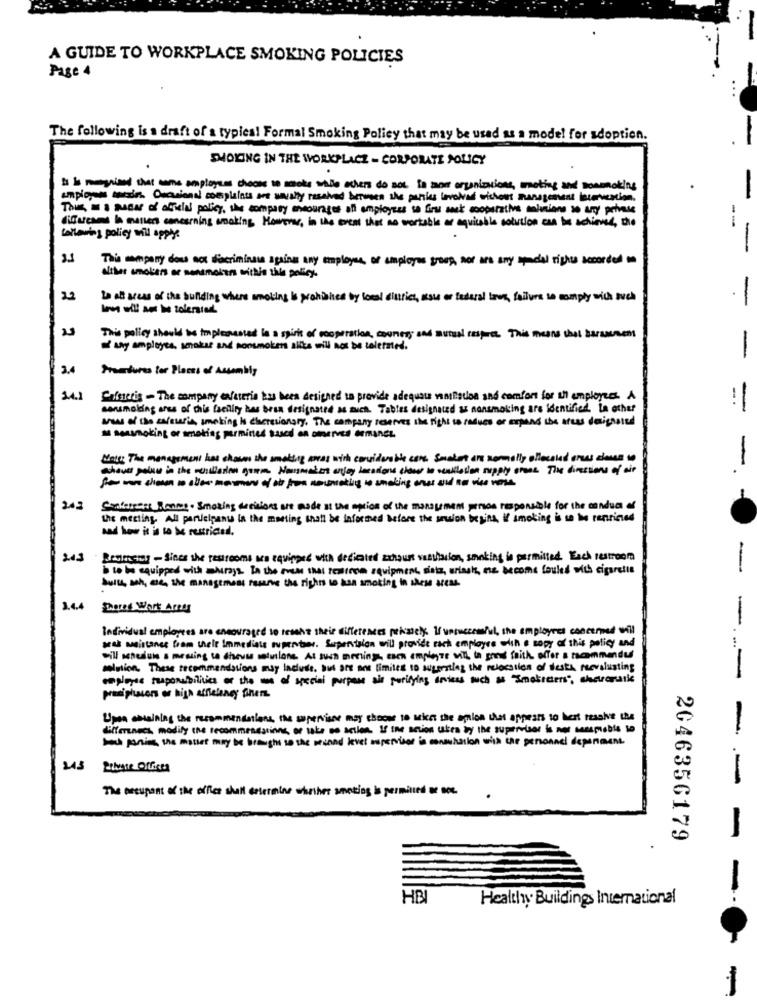
A GUIDE TO WORKPLACE SMOKING POLICIES
Page 4
The following is s draft of a typies! Formal Smoking Policy that may be used as a mode! for adoption.
SMOKING IN THE WORKPLACE - CORPORATE POLICY
.
Is is recognized that come employees choose to rooks while others do not. to most organizations, moting and nosmoking
employees barrios. Oracional coespleines are waveny received between the parties havelived wishous management intervention.
Thu, Ma Pea of alicia policy, the company enourager aff employees sa firs sak cooperative solutions so any privuse
lideresmed la markers concerning working. However, in the event that no vortable ar aquicable solution can be achieved, the
following policy will apply:
-
This company dow not discriminate against any employee, of employees groep, nor are any spodal rights accorded to
alther smokers er sensmolan within this policy.
22
to all new of the building where smoking is prohibited by local elurics, sous or federal laws, failure to comply with such
Inwe will an be tolerated
-
This policy should be impleaussted la a spirit of cooperation, counter; and mutual respect. This means that barsamem
wy amployes, smakss and nonsmokers silks will not be tolerated.
-
3.4
Prature for Places of Assembly
14.1
Crimecis - The company cafeteria has been designed to provide adequars vanslistos and comfort for all employees. A
sonsmolding arss of this facility has bran designated as much. Tables designated a nonsmoking are identified. La other
!
areas of the safesaris, smoking is cheresionary, The company reserves the Right to radues or expand the artus daighstud
aus sensmoking or smoking parmined tasca an omnerves domaner
Make The management has chosen the smoking weas with covidcable cars. Smaket ors normally allocated areas classe to
243
Conernant Banms . Smoking decisions are made at the option of the management person responsible for the condua ef
the meeting. All participants in the meeting shatt be informed before the selon begins, if smoking is se tu renticed
and how it is to be restricted.
245
Bestmenos - Since the testrooms are equipped with dedicated exhaust vestharion, smoking is permitted. Each restroom
b to be equipped with shirays. In the run that tealimon equipment, sitz, uriash, ne become fouled with cigarette
-
Suite, ah, ce, the manastmess rasarve the right to ksa smoking in shes areas.
1.4.4
Thered Wort Areer
-
Individual employees are encouraged to resolve their differences peksely. I/ unsuccessful, the employees concerned will
gres smsistance fram thele Immediate superber. Surpentalon will provide tach employee with a copy of this policy and
will soneduns s meusing ta dheuss solutions At tuen mening, esen ampleyze with ta gens faith offer s racemmandu
solution, These recommendations muy Incluse, Sus ane and limites to superting the relocation of desta reevalusting
employee tuaponabilities or the me of special purpose air purifying drviess such as "mekittens", shararaske
---
Upon astaining the recommendations, the supervisor may choose to aient the amion that appears to hert rashe the
differnecs, modify the recommendations, or take so acilen. If the action uken by the supervisor is not seesmeble to
-
Dans pening, the mollet may be brought so the second level supervisor is consulsion with the personnel department.
245
Phase Officea
The present of the office shall determine whether smoking is permitted or soc ..
2046356179
HB
Healthy Buildings International
1